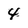
Character: 4